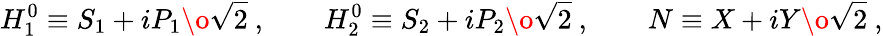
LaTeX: H_{1}^{0}\equiv{S_{1}+iP_{1}\o\sqrt{2}}\ ,\qquad H_{2}^{0}\equiv{S_{2}+iP_{2}\o\sqrt{2}}\ ,\qquad N\equiv{X+iY\o\sqrt{2}}\ ,